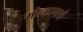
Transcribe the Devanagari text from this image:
मोत्लानथे